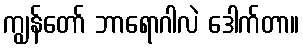
ကျွန်တော် ဘာရောဂါလဲ ဒေါက်တာ။